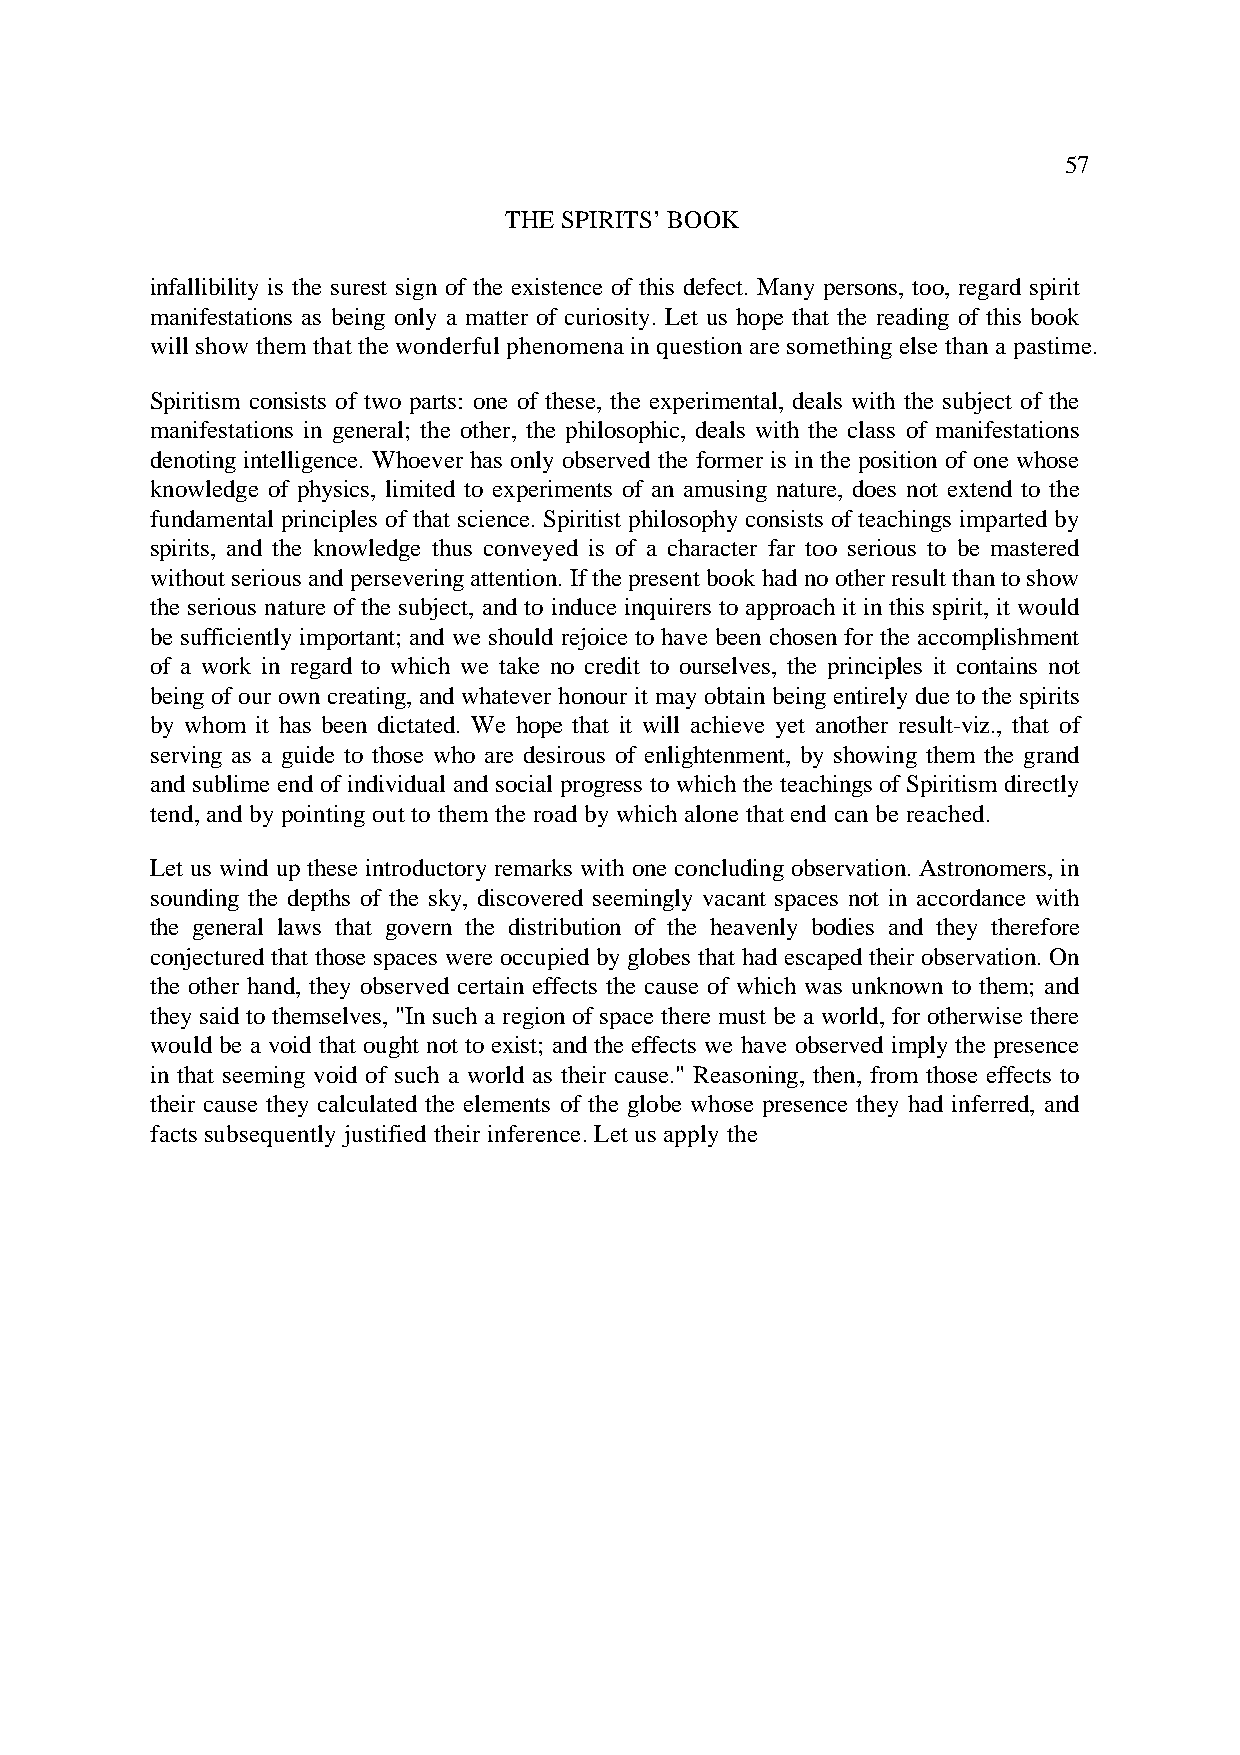
57
 THE SPIRITS’ BOOK
 infallibility is the surest sign of the existence of this defect. Many persons, too, regard spirit
 manifestations as being only a matter of curiosity. Let us hope that the reading of this book
 will show them that the wonderful phenomena in question are something else than a pastime.
 Spiritism consists of two parts: one of these, the experimental, deals with the subject of the
 manifestations in general; the other, the philosophic, deals with the class of manifestations
 denoting intelligence. Whoever has only observed the former is in the position of one whose
 knowledge of physics, limited to experiments of an amusing nature, does not extend to the
 fundamental principles of that science. Spiritist philosophy consists of teachings imparted by
 spirits, and the knowledge thus conveyed is of a character far too serious to be mastered
 without serious and persevering attention. If the present book had no other result than to show
 the serious nature of the subject, and to induce inquirers to approach it in this spirit, it would
 be sufficiently important; and we should rejoice to have been chosen for the accomplishment
 of a work in regard to which we take no credit to ourselves, the principles it contains not
 being of our own creating, and whatever honour it may obtain being entirely due to the spirits
 by whom it has been dictated. We hope that it will achieve yet another result-viz., that of
 serving as a guide to those who are desirous of enlightenment, by showing them the grand
 and sublime end of individual and social progress to which the teachings of Spiritism directly
 tend, and by pointing out to them the road by which alone that end can be reached.
 Let us wind up these introductory remarks with one concluding observation. Astronomers, in
 sounding the depths of the sky, discovered seemingly vacant spaces not in accordance with
 the general laws that govern the distribution of the heavenly bodies and they therefore
 conjectured that those spaces were occupied by globes that had escaped their observation. On
 the other hand, they observed certain effects the cause of which was unknown to them; and
 they said to themselves, "In such a region of space there must be a world, for otherwise there
 would be a void that ought not to exist; and the effects we have observed imply the presence
 in that seeming void of such a world as their cause." Reasoning, then, from those effects to
 their cause they calculated the elements of the globe whose presence they had inferred, and
 facts subsequently justified their inference. Let us apply the